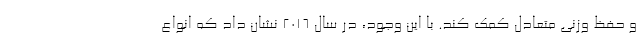
و حفظ وزنی متعادل کمک کند. با این وجود، در سال 2016 نشان داد که انواع